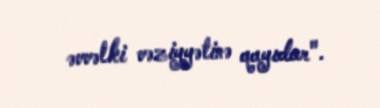
əvvəlki vəziyyətinə qayıdar".